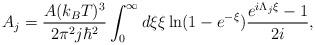
LaTeX: \begin{align*}A_j=\frac{A (k_B T)^3}{2\pi^2 j \hbar^2}\int_0^{\infty} d\xi \xi \ln(1-e^{-\xi})\frac{e^{i \Lambda_j \xi}-1}{2 i},\end{align*}